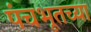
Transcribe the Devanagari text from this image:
पंचभूतच्या